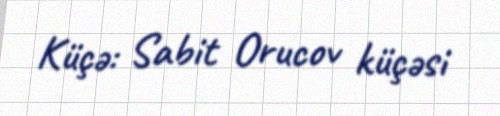
Küçə: Sabit Orucov küçəsi